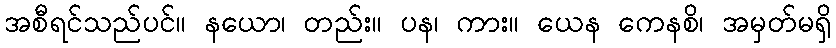
အစီရင်သည်ပင်။ နယော၊ တည်း။ ပန၊ ကား။ ယေန ကေနစိ၊ အမှတ်မရှိ